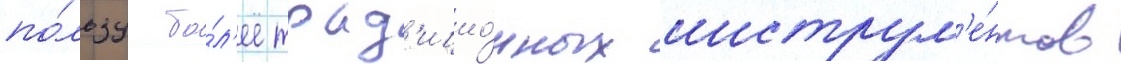
по́льзу бо́л'ее трад'ицио́нных инструм'е́нтов